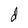
Character: d